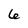
Character: 6